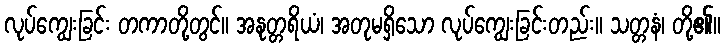
လုပ်ကျွေးခြင်း တကာတို့တွင်။ အနုတ္တရိယံ၊ အတုမရှိသော လုပ်ကျွေးခြင်းတည်း။ သတ္တနံ၊ တို့၏။